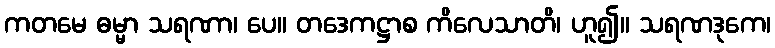
ကတမေ ဓမ္မာ သရဏာ၊ ပေ။ တဒေကဋ္ဌာစ ကိလေသာတိ၊ ဟူ၍။ သရဏဒုကေ၊